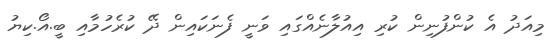
މިއަދު އެ ކުންފުނިން ކުރި އިއުލާނެއްގައި ވަނީ ފެނަކައިން ދޭ ކުރެހުމާއި ބީ.އޯ.ކިޔު